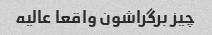
چیز برگراشون واقعا عالیه